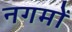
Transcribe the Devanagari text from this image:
नगमों